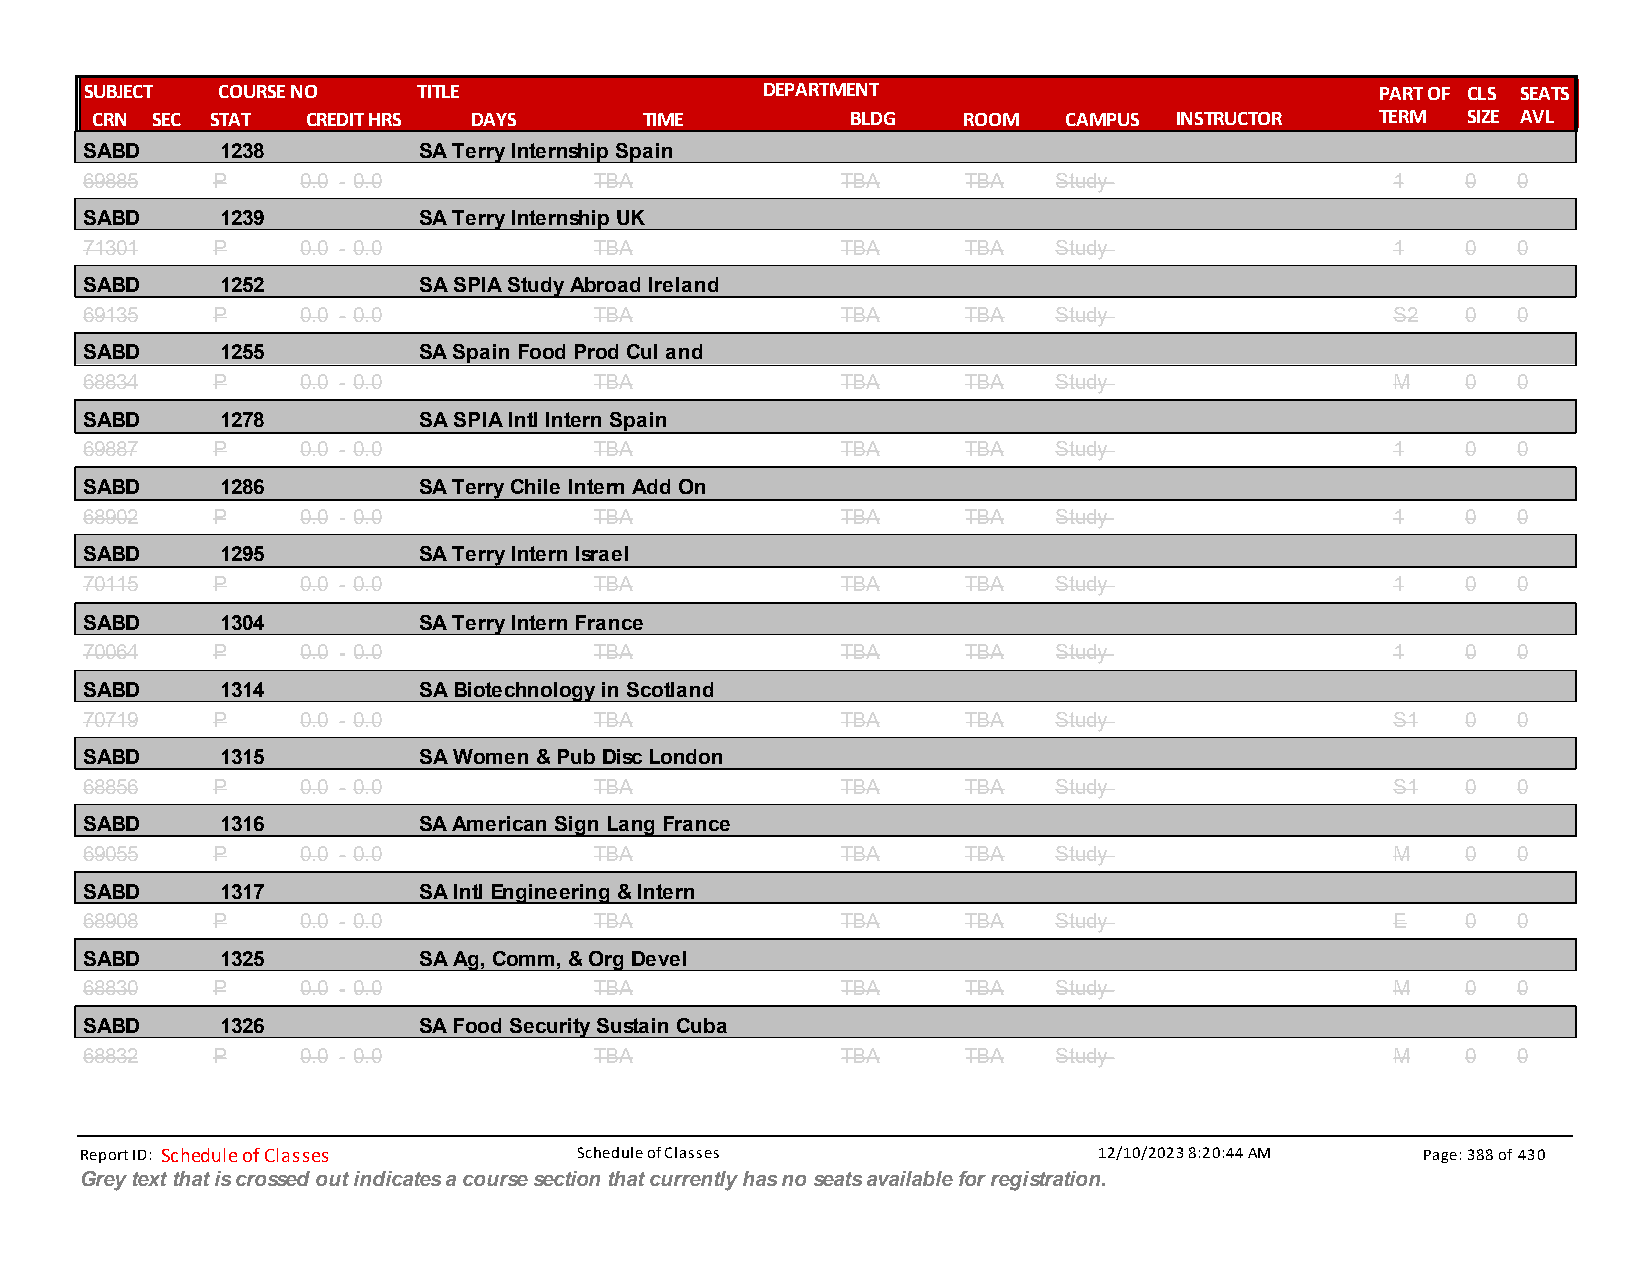
SUBJECT COURSE NO     TITLE                 DEPARTMENT                               PART OF CLS SEATS
 CRN SEC STAT  CREDIT HRS DAYS        TIME         BLDG    ROOM  CAMPUS  INSTRUCTOR   TERM  SIZE AVL
 SABD      1238         SA Terry Internship Spain
 69885    P     0.0 - 0.0          TBA              TBA     TBA   Study                 1    0  0
 SABD      1239         SA Terry Internship UK
 71301    P     0.0 - 0.0          TBA              TBA     TBA   Study                 1    0  0
 SABD      1252         SA SPIA Study Abroad Ireland
 69135    P     0.0 - 0.0          TBA              TBA     TBA   Study                 S2   0  0
 SABD      1255         SA Spain Food Prod Cul and
 68834    P     0.0 - 0.0          TBA              TBA     TBA   Study                 M    0  0
 SABD      1278         SA SPIA Intl Intern Spain
 69887    P     0.0 - 0.0          TBA              TBA     TBA   Study                 1    0  0
 SABD      1286         SA Terry Chile Intern Add On
 68902    P     0.0 - 0.0          TBA              TBA     TBA   Study                 1    0  0
 SABD      1295         SA Terry Intern Israel
 70115    P     0.0 - 0.0          TBA              TBA     TBA   Study                 1    0  0
 SABD      1304         SA Terry Intern France
 70064    P     0.0 - 0.0          TBA              TBA     TBA   Study                 1    0  0
 SABD      1314         SA Biotechnology in Scotland
 70719    P     0.0 - 0.0          TBA              TBA     TBA   Study                 S1   0  0
 SABD      1315         SA Women & Pub Disc London
 68856    P     0.0 - 0.0          TBA              TBA     TBA   Study                 S1   0  0
 SABD      1316         SA American Sign Lang France
 69055    P     0.0 - 0.0          TBA              TBA     TBA   Study                 M    0  0
 SABD      1317         SA Intl Engineering & Intern
 68908    P     0.0 - 0.0          TBA              TBA     TBA   Study                 E    0  0
 SABD      1325         SA Ag, Comm, & Org Devel
 68830    P     0.0 - 0.0          TBA              TBA     TBA   Study                 M    0  0
 SABD      1326         SA Food Security Sustain Cuba
 68832    P     0.0 - 0.0          TBA              TBA     TBA   Study                 M    0  0
 Report ID: Schedule of Classes   Schedule of Classes                12/10/2023 8:20:44 AM Page: 388 of 430
 Grey text that is crossed out indicates a course section that currently has no seats available for registration.